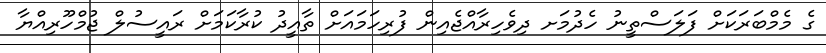
ގެ މެމްބަރަކަށް ފަލަސްތީނު ހެދުމަށ ދިވެހިރާއްޖެއިން ފުރިހަމައަށް ތާއީދު ކުރާކަމަށް ރައީސުލް ޖުމްހޫރިއްޔާ